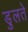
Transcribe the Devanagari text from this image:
डुलते